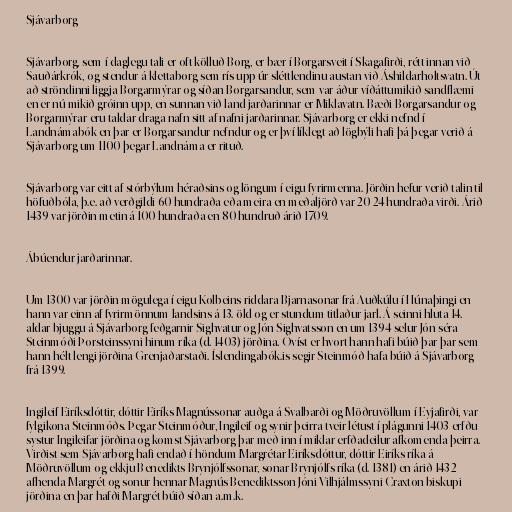
Sjávarborg

Sjávarborg, sem í daglegu tali er oft kölluð Borg, er bær í Borgarsveit í Skagafirði, rétt innan við
Sauðárkrók, og stendur á klettaborg sem rís upp úr sléttlendinu austan við Áshildarholtsvatn. Út
að ströndinni liggja Borgarmýrar og síðan Borgarsandur, sem var áður víðáttumikið sandflæmi
en er nú mikið gróinn upp, en sunnan við land jarðarinnar er Miklavatn. Bæði Borgarsandur og
Borgarmýrar eru taldar draga nafn sitt af nafni jarðarinnar. Sjávarborg er ekki nefnd í
Landnámabók en þar er Borgarsandur nefndur og er því líklegt að lögbýli hafi þá þegar verið á
Sjávarborg um 1100 þegar Landnáma er rituð.

Sjávarborg var eitt af stórbýlum héraðsins og löngum í eigu fyrirmenna. Jörðin hefur verið talin til
höfuðbóla, þ.e. að verðgildi 60 hundraða eða meira en meðaljörð var 20-24 hundraða virði. Árið
1439 var jörðin metin á 100 hundraða en 80 hundruð árið 1709.

Ábúendur jarðarinnar.

Um 1300 var jörðin mögulega í eigu Kolbeins riddara Bjarnasonar frá Auðkúlu í Húnaþingi en
hann var einn af fyrirmönnum landsins á 13. öld og er stundum titlaður jarl. Á seinni hluta 14.
aldar bjuggu á Sjávarborg feðgarnir Sighvatur og Jón Sighvatsson en um 1394 selur Jón séra
Steinmóði Þorsteinssyni hinum ríka (d. 1403) jörðina. Óvíst er hvort hann hafi búið þar þar sem
hann hélt lengi jörðina Grenjaðarstaði. Íslendingabók.is segir Steinmóð hafa búið á Sjávarborg
frá 1399.

Ingileif Eiríksdóttir, dóttir Eiríks Magnússonar auðga á Svalbarði og Möðruvöllum í Eyjafirði, var
fylgikona Steinmóðs. Þegar Steinmóður, Ingileif og synir þeirra tveir létust í plágunni 1403 erfðu
systur Ingileifar jörðina og komst Sjávarborg þar með inn í miklar erfðadeilur afkomenda þeirra.
Virðist sem Sjávarborg hafi endað í höndum Margrétar Eiríksdóttur, dóttir Eiríks ríka á
Möðruvöllum og ekkju Benedikts Brynjólfssonar, sonar Brynjólfs ríka (d. 1381) en árið 1432
afhenda Margrét og sonur hennar Magnús Benediktsson Jóni Vilhjálmssyni Craxton biskupi
jörðina en þar hafði Margrét búið síðan a.m.k.